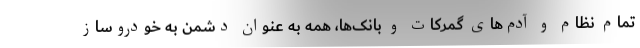
تمام نظام و آدم‌های گمرکات و بانک‌ها، همه به عنوان دشمن به خودروساز